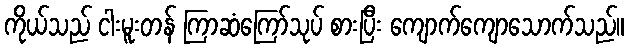
ကိုယ်သည် ငါးမူးတန် ကြာဆံကြော်သုပ် စားပြီး ကျောက်ကျောသောက်သည်။